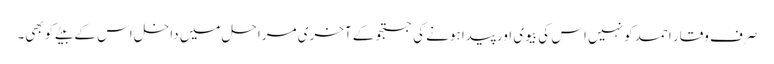
صرف وقار احمد کو نہیں اس کی بیوی اور پیدا ہونے کی جستجو کے آخری مراحل میں داخل اس کے بیٹے کوبھی۔